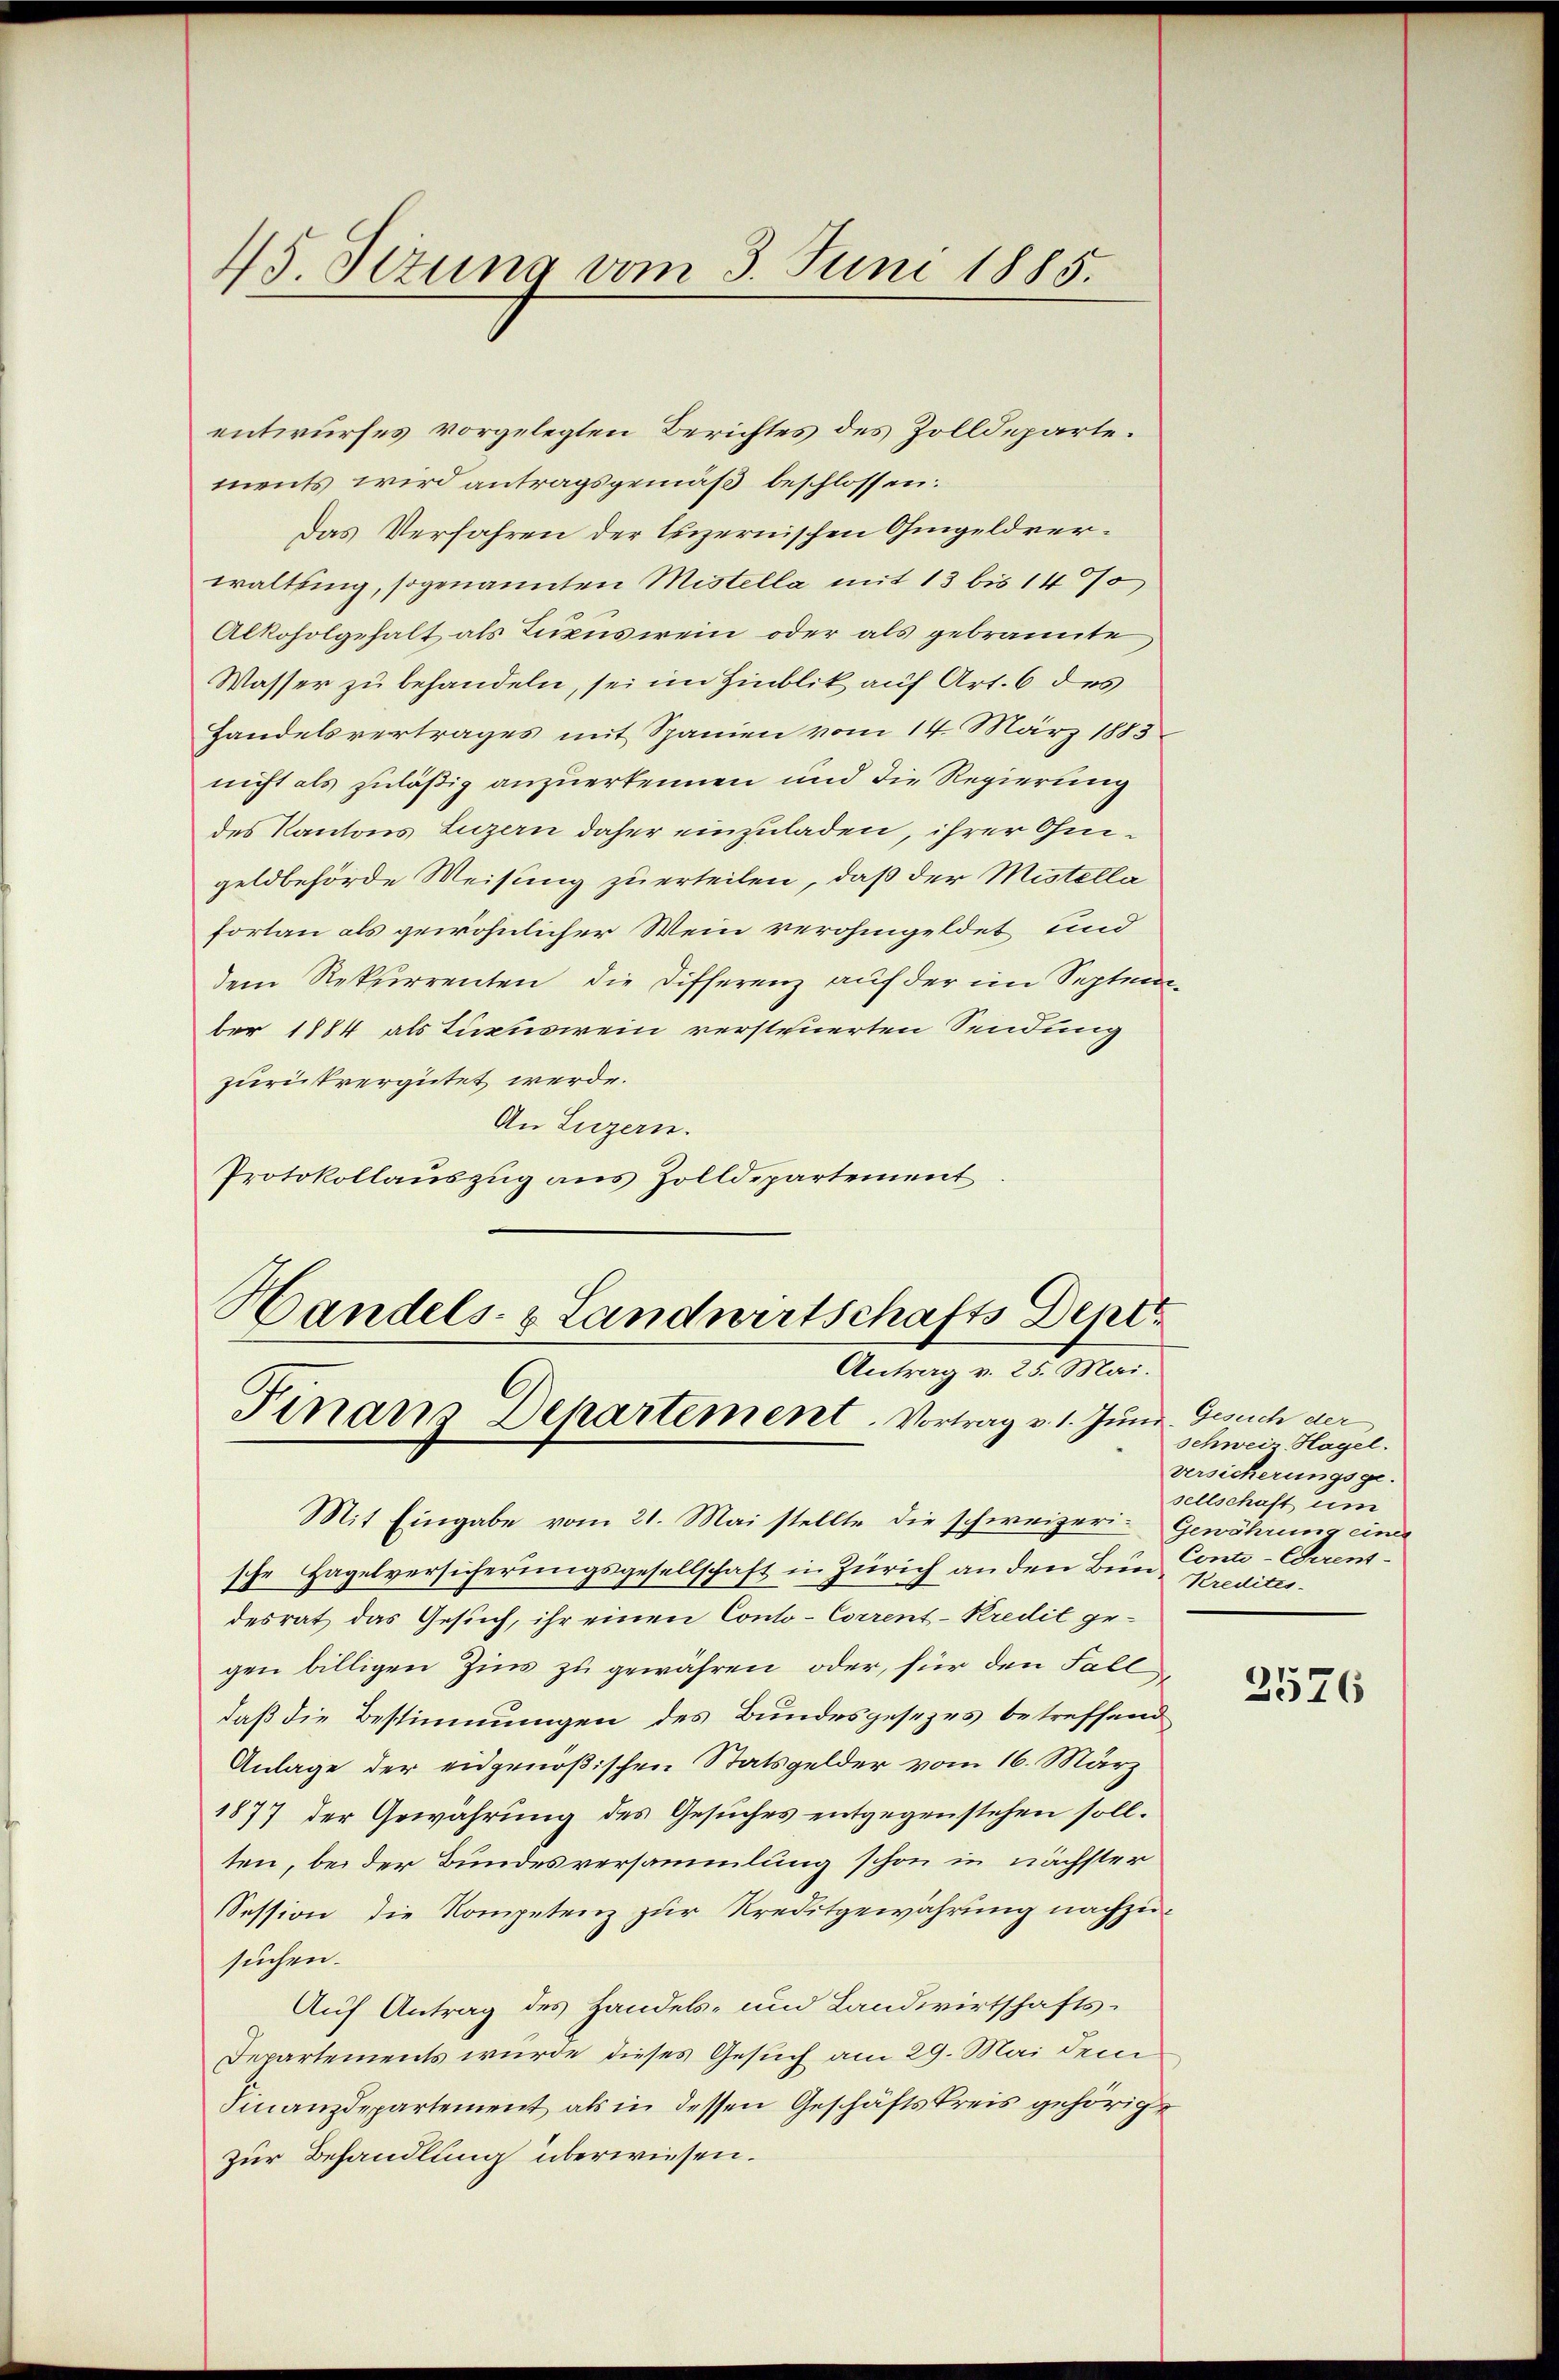
45. Jezuna vom 3. Juni 1885.

entwurfes vorgelegten Berichtes des Zolldeparte.
ments wird antragsgemäß beschlossen:
Das Verfahren der luzernischen Ohmgeldverwaltung, sogenannten Mistella mit 13 bis 14 %
Alkoholgehalt als Luxusiren oder als gebrannte
Wasser zu behandeln, sei im Hinblik auf Art. 6 des
Handelsvertrages mit Spanien vom 14. März 1883
nicht als zuläßig anzuerkennen und die Regierung
des Kantons Luzern daher einzuladen, ihrer Ohmigeldbehörde Weisung zu erteilen, daß der Mistella
fortan als gewöhnlicher Wein verohngeldet und
dem Rekurrenten die Differenz auf der im September 1884 als Luxuswein versteuerten Sendung
zurückvergütet werde.
An Luzern.
Protokollaŭszŭg ans Zolldepartement.

Handels- & Landwirtschafts Depet
Antrag v. 25. Mai.
Finanz Departement. Vortrag v. 1. Juni. Gesuch der

Mit Eingabe vom 21. Mai stellte die schweizeri-Gewährung einer
sche Hagelversicherungsgesellschaft in Zürich an den Bun Conto-Cerentdesrat das Gesuch, ihr einen Conto- Corrent-Kredit gegen billigen Zins zu gewähren oder, für den Fall
daß die Bestimmungen des Bundesgesezes betreffend
Anlage der eidgenößischen Statsgelder vom 16. März
1877 der Gewährung des Gesŭches entgegenstehen soll.
ten, bei der Bundesversammlung schon in nächster
Session die Kompetenz zur Kreditgewährung nachzu-
suchen.
Auf Antrag des Handels- und Landwirtschafts¬
Departements wurde dieses Gesuch am 29. Mai dem
Finanzdepartement als in dessen Geschäftskreis gehörige
zur Behandlung überwiesen.

Schweiz Hagel.
versicherungsgesellschaft um
Kredites.

2576